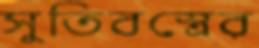
সুতিবস্ত্রের